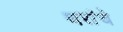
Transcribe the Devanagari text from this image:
थरांचे